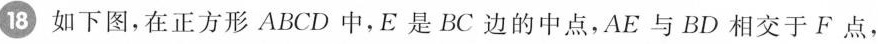
18如下图，在正方形ABCD中，E是BC边的中点，AE与BD相交于F点，